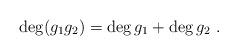
LaTeX: \begin{align*} \deg(g_{1}g_{2})=\deg g_{1}+\deg g_{2}\ . \end{align*}